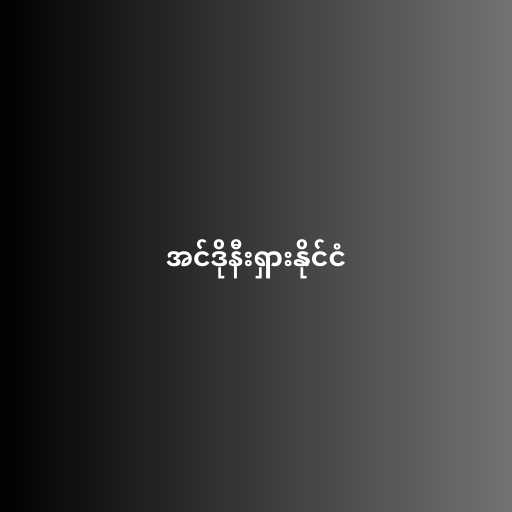
အင်ဒိုနီးရှားနိုင်ငံ